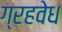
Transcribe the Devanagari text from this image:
ग्रहवेध